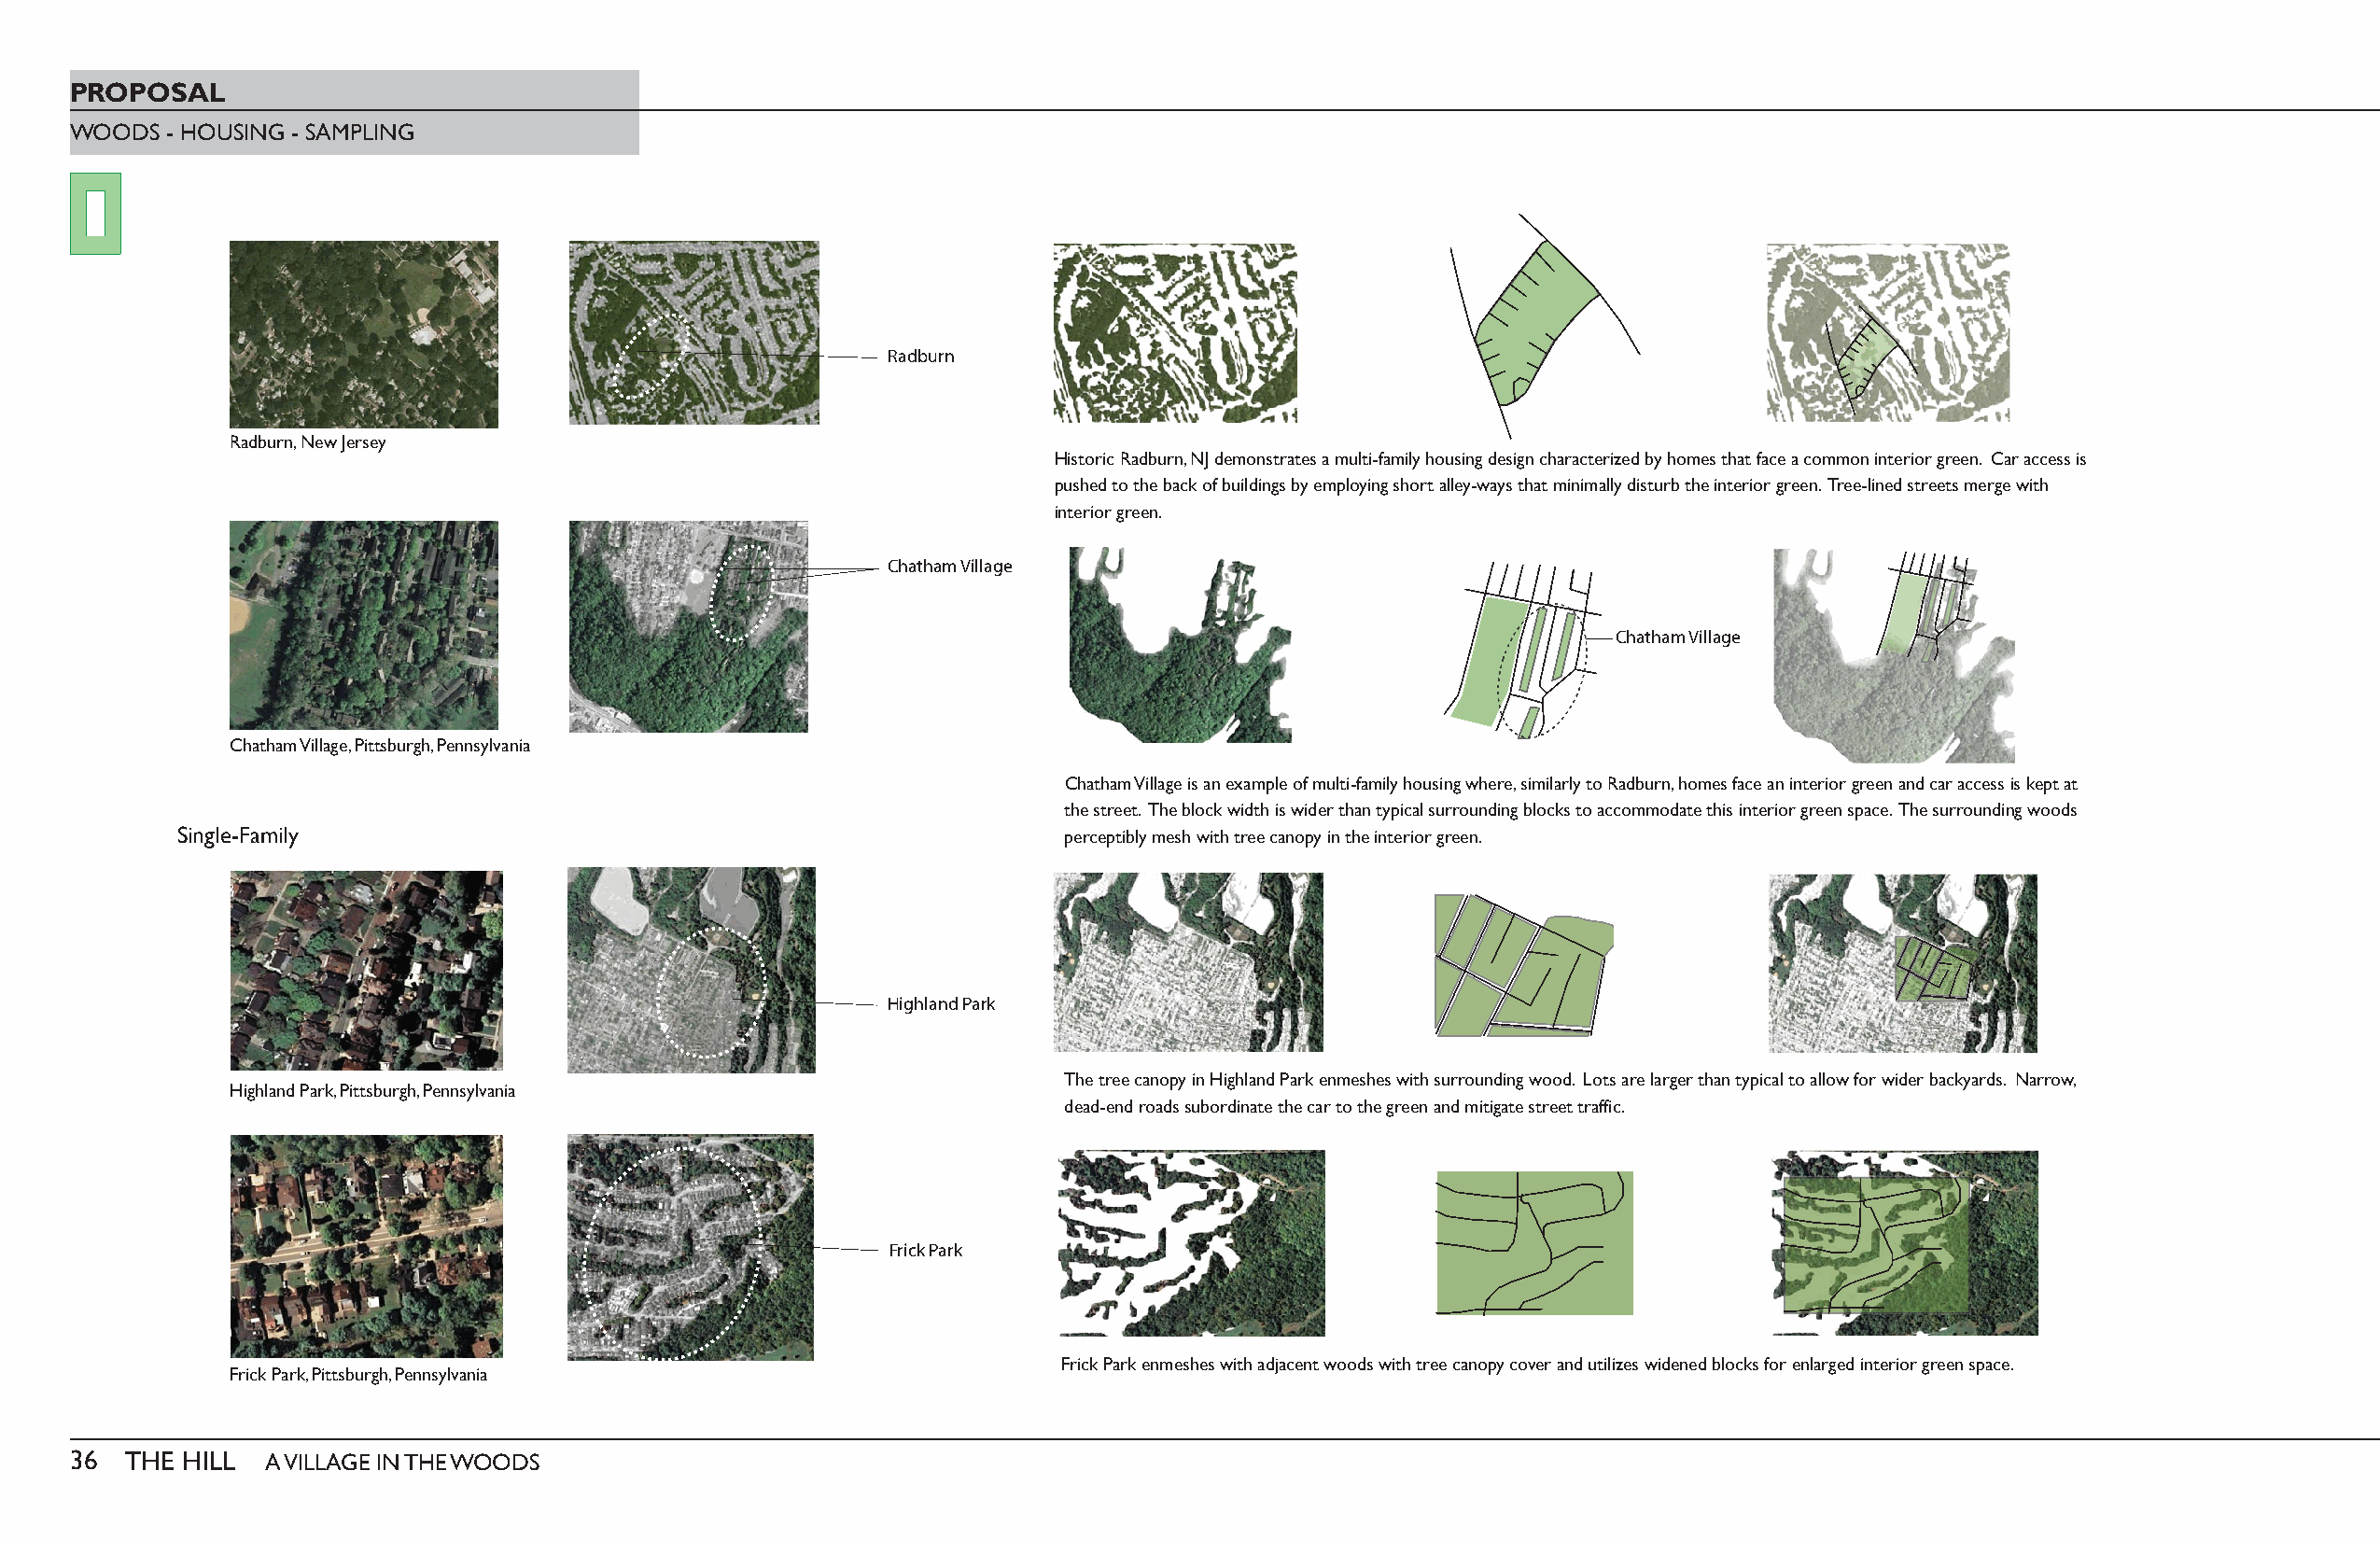
PROPOSAL
 WOODS  - HOUSING - SAMPLING
 Radburn
 Radburn, New Jersey
 Historic Radburn, NJ demonstrates a multi-family housing design characterized by homes that face a common interior green. Car access is
 pushed to the back of buildings by employing short alley-ways that minimally disturb the interior green. Tree-lined streets merge with
 interior green.
 Chatham Village
 Chatham Village
 Chatham Village, Pittsburgh, Pennsylvania
 Chatham Village is an example of multi-family housing where, similarly to Radburn, homes face an interior green and car access is kept at
 the street. The block width is wider than typical surrounding blocks to accommodate this interior green space. The surrounding woods
 Single-Family                                                  perceptibly mesh with tree canopy in the interior green.
 Highland Park
 The tree canopy in Highland Park enmeshes with surrounding wood. Lots are larger than typical to allow for wider backyards. Narrow,
 Highland Park, Pittsburgh, Pennsylvania
 dead-end roads subordinate the car to the green and mitigate street traffic.
 Frick Park
 Frick Park enmeshes with adjacent woods with tree canopy cover and utilizes widened blocks for enlarged interior green space.
 Frick Park, Pittsburgh, Pennsylvania
 36  THE HILL  A VILLAGE IN THE WOODS